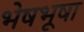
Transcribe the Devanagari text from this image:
भेषभूषा